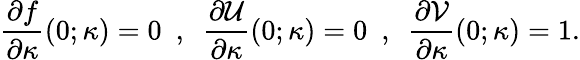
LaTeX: \frac{\partial f}{\partial\kappa}(0;\kappa)=0~~,~~\frac{\partial\mathcal{U}}{\partial\kappa}(0;\kappa)=0~~,~~\frac{\partial\mathcal{V}}{\partial\kappa}(0;\kappa)=1.